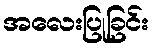
အလေးပြုခြင်း